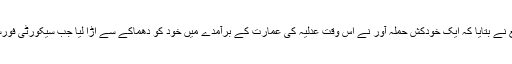
خبر رساں ایجنسی سانا کے مطابق، عدلیہ کے ذرائع نے بتایا کہ ایک خودکش حملہ آور نے اس وقت عدلیہ کی عمارت کے برآمدے میں خود کو دھماکے سے اڑا لیا جب سیکورٹی فورسز نے اسے عمارت میں داخل ہونے سے روک دیا۔